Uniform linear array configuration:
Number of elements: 32
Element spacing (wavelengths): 0.5
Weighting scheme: cosine
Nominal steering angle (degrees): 0
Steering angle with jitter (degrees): -0.8065
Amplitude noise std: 0.05
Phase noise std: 0.05

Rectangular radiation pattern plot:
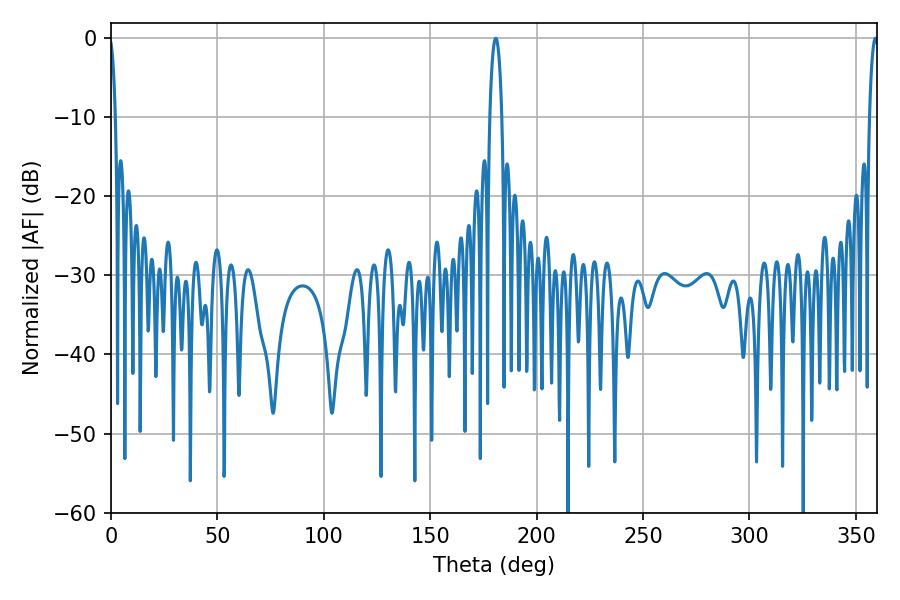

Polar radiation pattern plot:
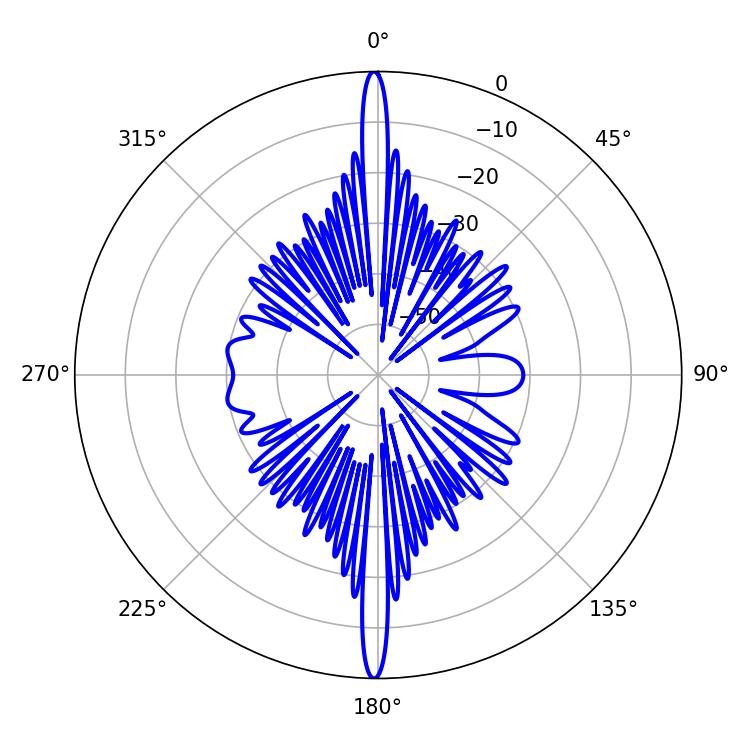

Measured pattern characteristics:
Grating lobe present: FALSE
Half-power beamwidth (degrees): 3.06
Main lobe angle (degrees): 180.72